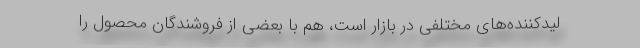
لیدکننده‌های مختلفی در بازار است، هم با بعضی از فروشندگان محصول را